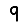
Digit: 9